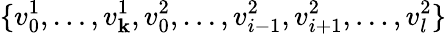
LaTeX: \{ v_{0}^{1},\ldots,v_{\mathbf{k}}^{1},v_{0}^{2},\ldots,v_{i-1}^{2},v_{i+1}^{2},\ldots,v_{l}^{2}\}